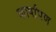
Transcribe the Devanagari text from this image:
कार्षांपण